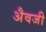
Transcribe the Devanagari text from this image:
अैवजी